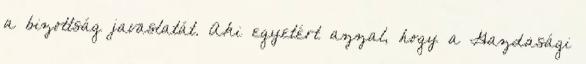
a bizottság javaslatát. Aki egyetért azzal, hogy a Gazdasági